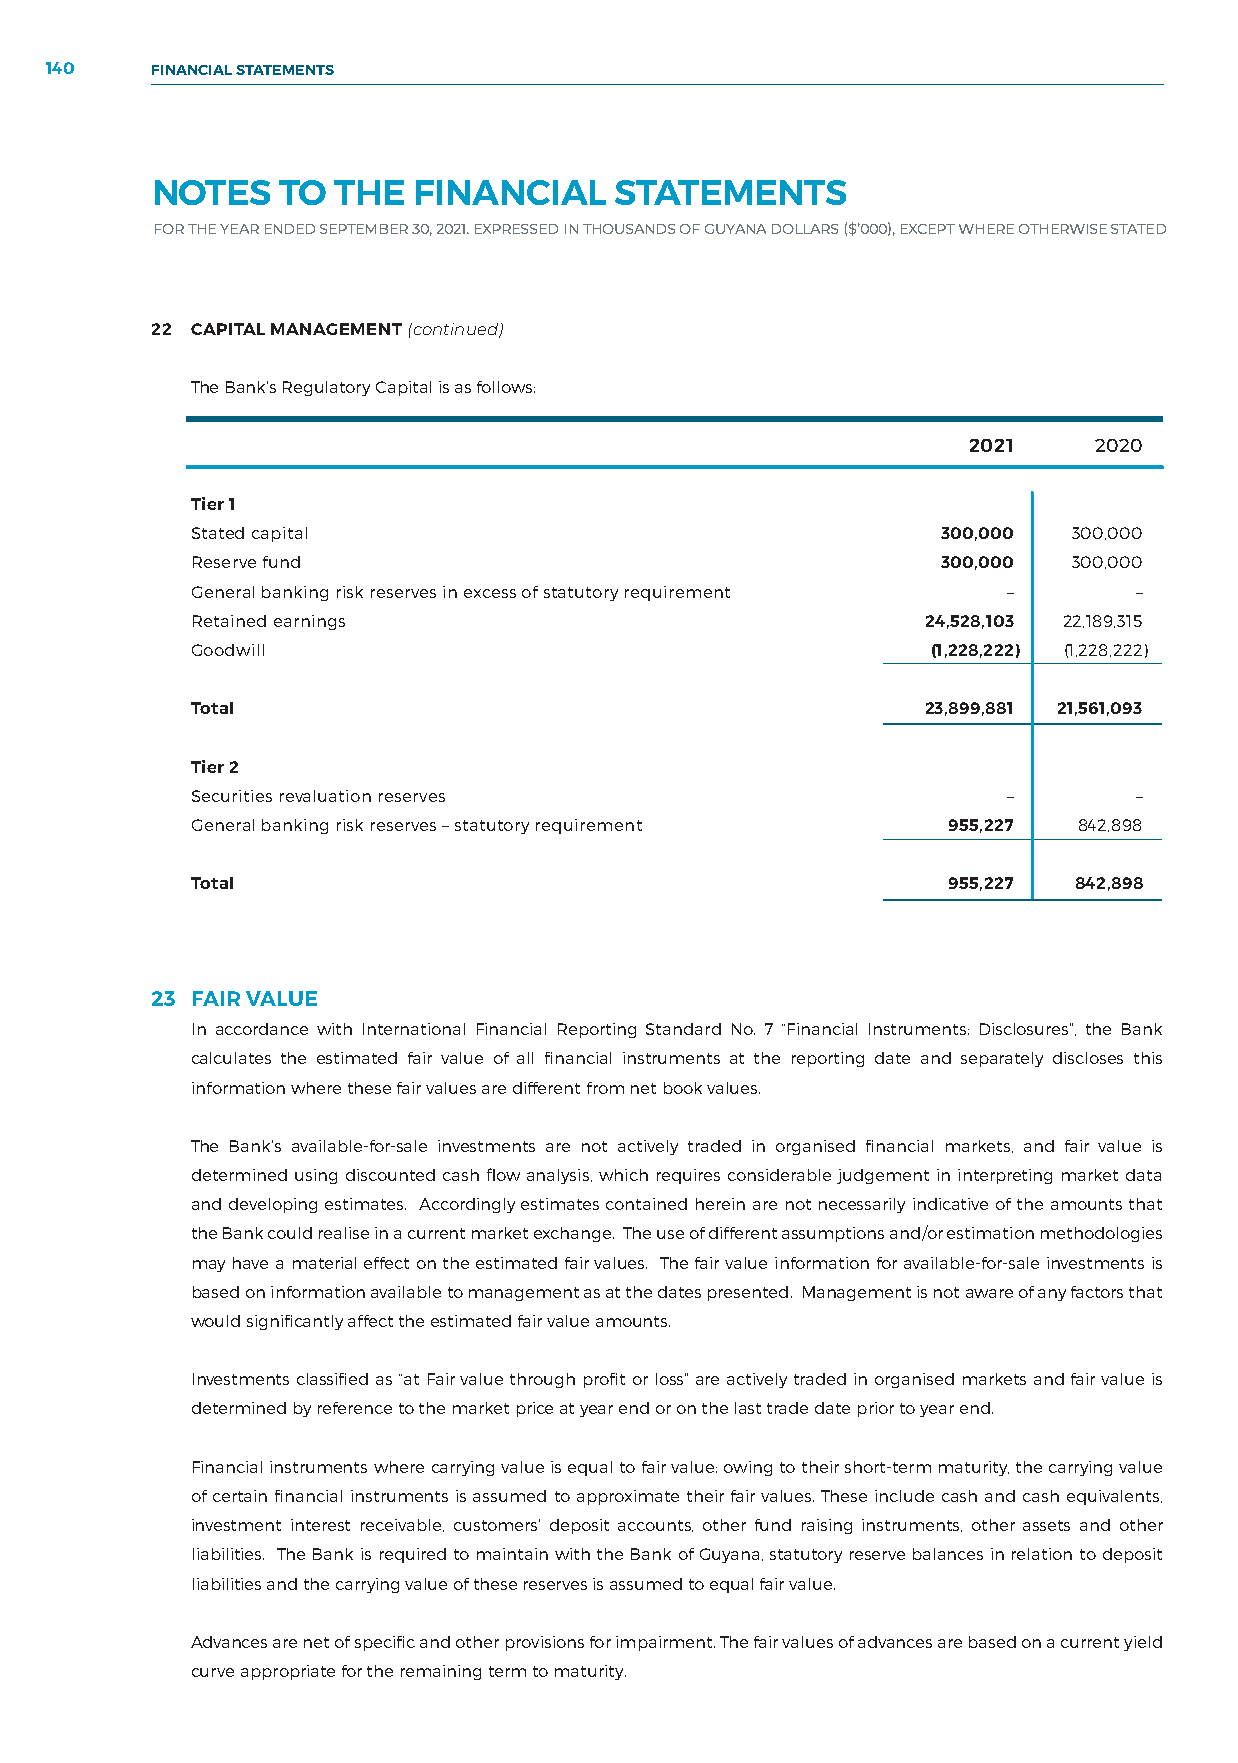
140    FINANCIAL STATEMENTS
 NOTES    TO THE  FINANCIAL     STATEMENTS
 FOR THE YEAR ENDED SEPTEMBER 30, 2021. EXPRESSED IN THOUSANDS OF GUYANA DOLLARS ($’000), EXCEPT WHERE OTHERWISE STATED
 22 CAPITAL MANAGEMENT (continued)
 The Bank’s Regulatory Capital is as follows:
 2021    2020
 Tier 1
 Stated capital                                   300,000  300,000
 Reserve fund                                     300,000  300,000
 General banking risk reserves in excess of statutory requirement – –
 Retained earnings                               24,528,103 22,189,315
 Goodwill                                         (1,228,222) (1,228,222)
 Total                                           23,899,881 21,561,093
 Tier 2
 Securities revaluation reserves                       –       –
 General banking risk reserves – statutory requirement 955,227 842,898
 Total                                             955,227 842,898
 23 FAIR VALUE
 In accordance with International Financial Reporting Standard No. 7 “Financial Instruments: Disclosures”, the Bank
 calculates the estimated fair value of all financial instruments at the reporting date and separately discloses this
 information where these fair values are different from net book values.
 The Bank’s available-for-sale investments are not actively traded in organised financial markets, and fair value is
 determined using discounted cash flow analysis, which requires considerable judgement in interpreting market data
 and developing estimates. Accordingly estimates contained herein are not necessarily indicative of the amounts that
 the Bank could realise in a current market exchange. The use of different assumptions and/or estimation methodologies
 may have a material effect on the estimated fair values. The fair value information for available-for-sale investments is
 based on information available to management as at the dates presented. Management is not aware of any factors that
 would significantly affect the estimated fair value amounts.
 Investments classified as “at Fair value through profit or loss” are actively traded in organised markets and fair value is
 determined by reference to the market price at year end or on the last trade date prior to year end.
 Financial instruments where carrying value is equal to fair value: owing to their short-term maturity, the carrying value
 of certain financial instruments is assumed to approximate their fair values. These include cash and cash equivalents,
 investment interest receivable, customers’ deposit accounts, other fund raising instruments, other assets and other
 liabilities. The Bank is required to maintain with the Bank of Guyana, statutory reserve balances in relation to deposit
 liabilities and the carrying value of these reserves is assumed to equal fair value.
 Advances are net of specific and other provisions for impairment. The fair values of advances are based on a current yield
 curve appropriate for the remaining term to maturity.